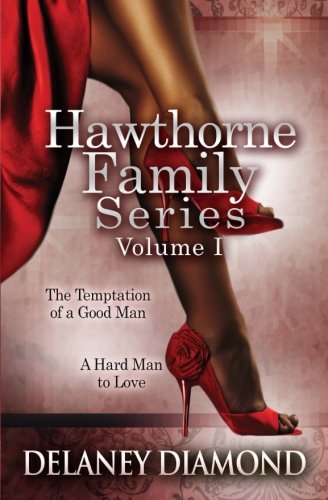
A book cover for Hawthorne Family Series Volume I; Delaney Diamond; Romance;